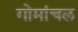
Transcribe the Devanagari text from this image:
गोमांचल